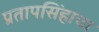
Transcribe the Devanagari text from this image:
प्रतापसिंहाचा